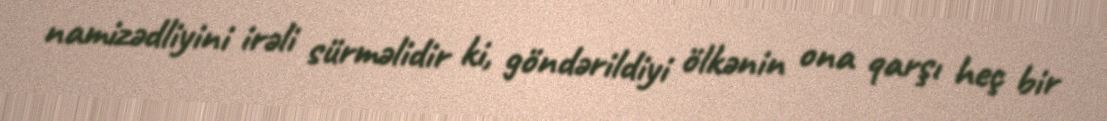
namizədliyini irəli sürməlidir ki, göndərildiyi ölkənin ona qarşı heç bir